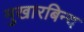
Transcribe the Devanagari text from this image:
मुखारबिन्द